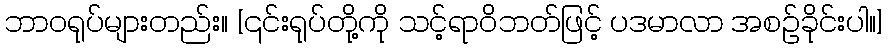
ဘာဝရုပ်များတည်း။ [၎င်းရုပ်တို့ကို သင့်ရာဝိဘတ်ဖြင့် ပဒမာလာ အစဉ်ခိုင်းပါ။]